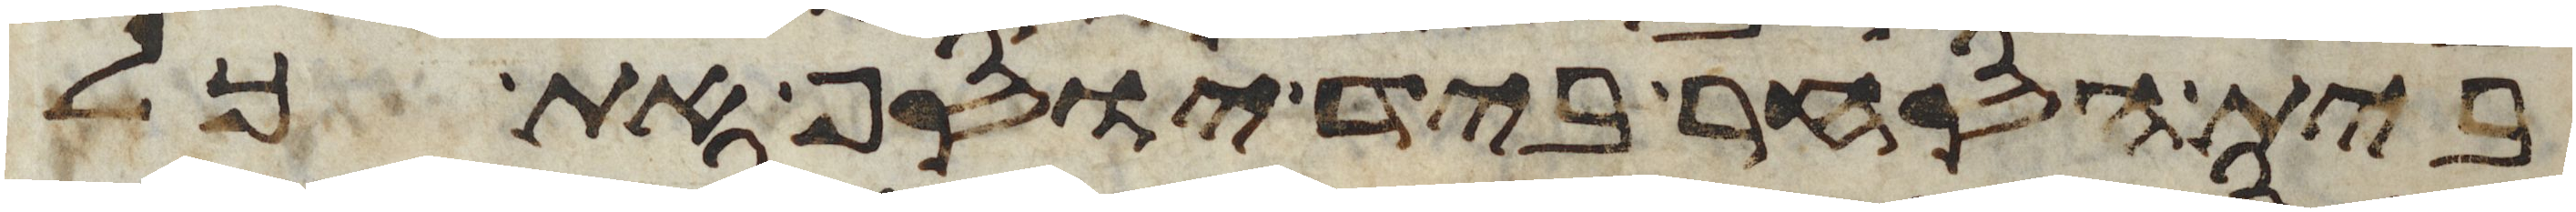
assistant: בית הסחר ביד יוסף את כל